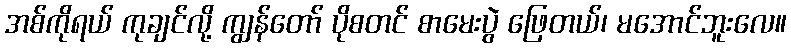
အစ်ကိုရယ် ကုချင်လို့ ကျွန်တော် ပိုစတင် စာမေးပွဲ ဖြေတယ်၊ မအောင်ဘူးလေ။